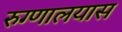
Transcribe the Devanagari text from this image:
रुग्णालयास